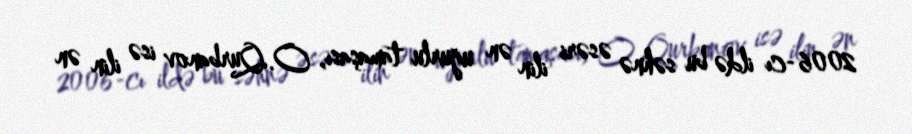
2006-cı ildə bu səhnə əsəri ilin ən uğurlu tamaşası, O.Qurbanov isə ilin ən